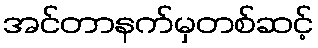
အင်တာနက်မှတစ်ဆင့်